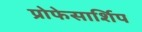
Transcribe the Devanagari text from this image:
प्रोफेसार्शिप